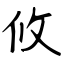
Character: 攸